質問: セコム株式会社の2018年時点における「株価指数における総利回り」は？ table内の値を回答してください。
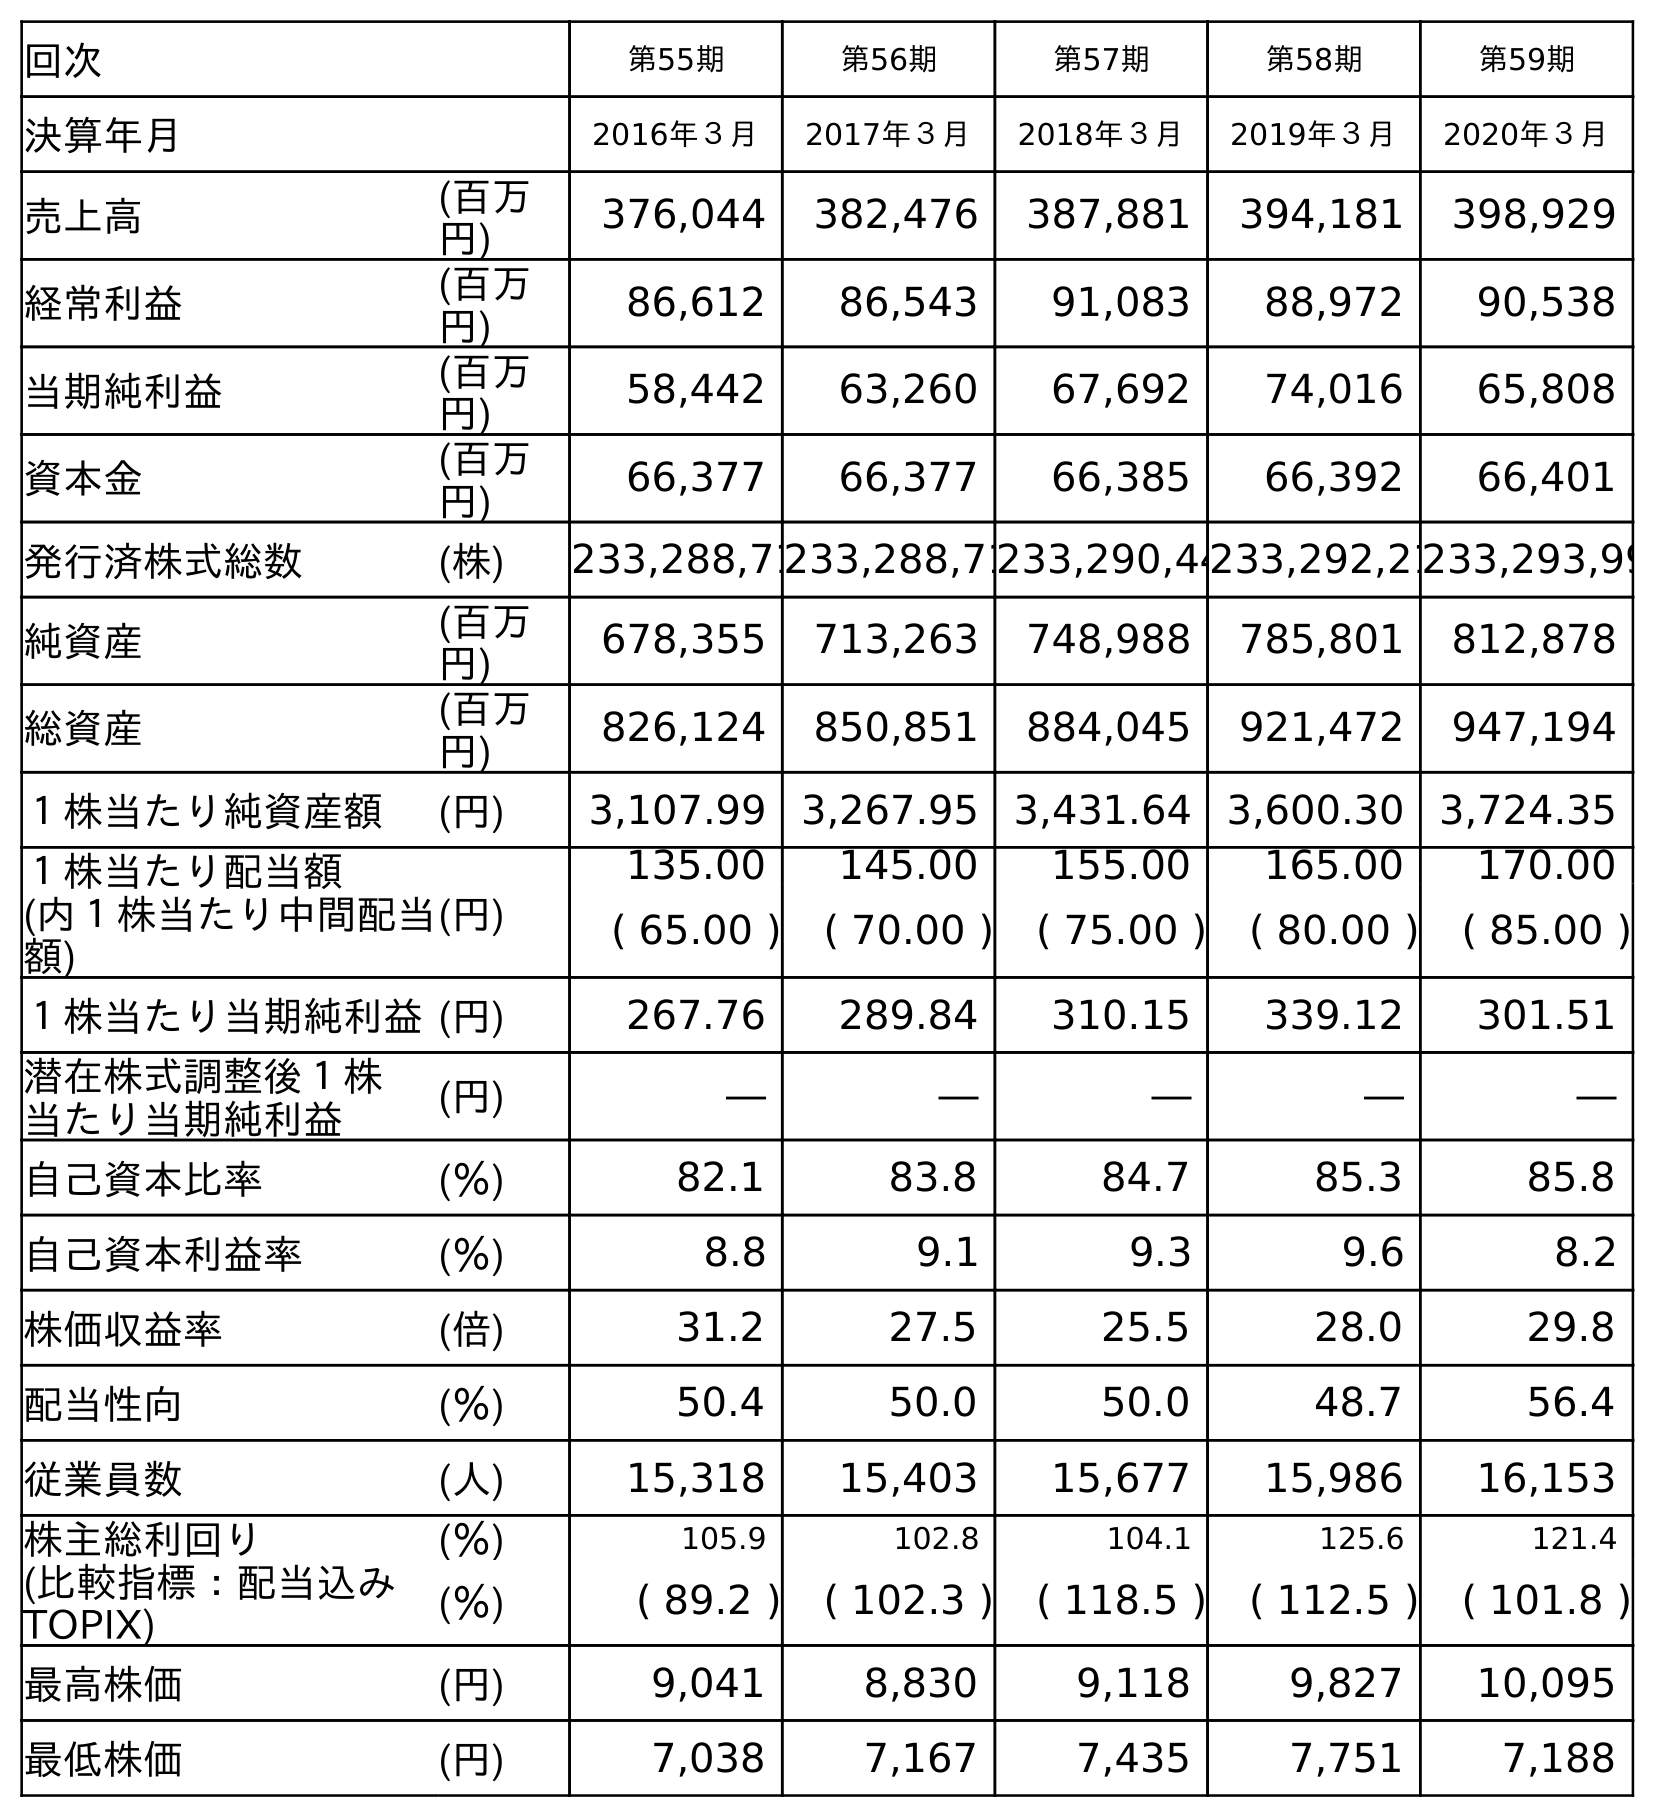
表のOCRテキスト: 回次 第55期 第56期 第57期 第58期 第59期 決算年月 2016年３月 2017年３月 2018年３月 2019年３月 2020年３月 売上高 (百万 円) 376,044 382,476 387,881 394,181 398,929 経常利益 (百万 円) 86,612 86,543 91,083 88,972 90,538 当期純利益 (百万 円) 58,442 63,260 67,692 74,016 65,808 資本金 (百万 円) 66,377 66,377 66,385 66,392 66,401 発行済株式総数 (株) 233,288,71233,288,71233,290,44233,292,21233,293,99 純資産 (百万 円) 678,355 713,263 748,988 785,801 812,878 総資産 (百万 円) 826,124 850,851 884,045 921,472 947,194 １株当たり純資産額 (円) 3,107.99 3,267.95 3,431.64 3,600.30 3,724.35 １株当たり配当額 (内１株当たり中間配当 額) (円) 135.00 145.00 155.00 165.00 170.00 ( 65.00 ) ( 70.00 ) ( 75.00 ) ( 80.00 ) ( 85.00 ) １株当たり当期純利益(円) 267.76 289.84 310.15 339.12 301.51 潜在株式調整後１株 当たり当期純利益 (円) ― ― ― ― ― 自己資本比率 (％) 82.1 83.8 84.7 85.3 85.8 自己資本利益率 (％) 8.8 9.1 9.3 9.6 8.2 株価収益率 (倍) 31.2 27.5 25.5 28.0 29.8 配当性向 (％) 50.4 50.0 50.0 48.7 56.4 従業員数 (人) 15,318 15,403 15,677 15,986 16,153 株主総利回り (％) 105.9 102.8 104.1 125.6 121.4 (比較指標：配当込み TOPIX) (％) ( 89.2 ) ( 102.3 ) ( 118.5 ) ( 112.5 ) ( 101.8 ) 最高株価 (円) 9,041 8,830 9,118 9,827 10,095 最低株価 (円) 7,038 7,167 7,435 7,751 7,188
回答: (118.5)